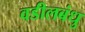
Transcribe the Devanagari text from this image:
वडीलबंधु